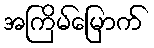
အကြိမ်မြောက်